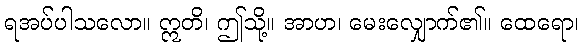
ရအပ်ပါသလော။ ဣတိ၊ ဤသို့။ အာဟ၊ မေးလျှောက်၏။ ထေရော၊